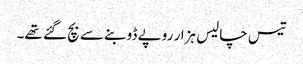
تیس چالیس ہزار روپے ڈوبنے سے بچ گئے تھے۔